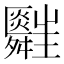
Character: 𦨃